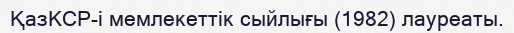
ҚазКСР-і мемлекеттік сыйлығы (1982) лауреаты.